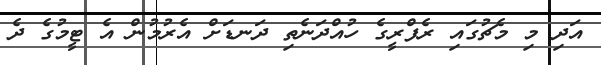
އަދި މި މެޗުގައި ރެފްރީގެ ހުއްދަނެތި ދަނޑަށް އެރުމުން އެ ޓީމުގެ ދެ